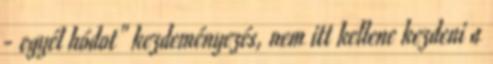
- egyél hódot" kezdeményezés, nem itt kellene kezdeni a